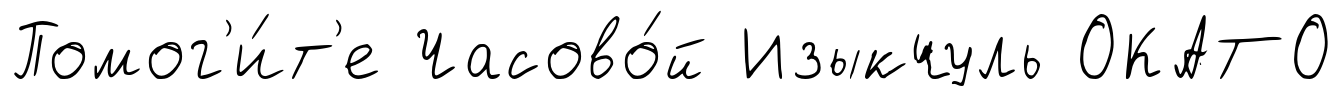
Помог'и́т'е Часово́й Изыкчуль ОКАТО